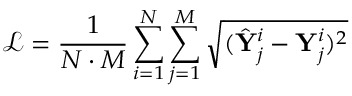
\mathcal { L } = \frac { 1 } { N \cdot M } \sum _ { i = 1 } ^ { N } { \sum _ { j = 1 } ^ { M } { \sqrt { ( \hat { \mathbf { Y } } _ { j } ^ { i } - \mathbf { Y } _ { j } ^ { i } ) ^ { 2 } } } }